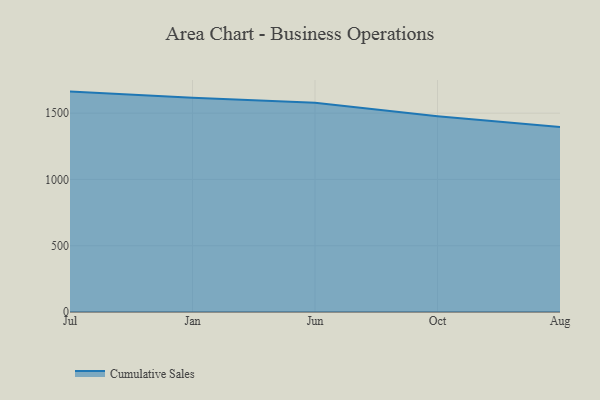
{"axis": {"x": "Month", "y": "Page Views"}, "legend": ["Cumulative Sales"], "data": [{"x": "Jul", "y": 1662.9, "type": "Cumulative Sales"}, {"x": "Jan", "y": 1617.3, "type": "Cumulative Sales"}, {"x": "Jun", "y": 1579.0, "type": "Cumulative Sales"}, {"x": "Oct", "y": 1477.1, "type": "Cumulative Sales"}, {"x": "Aug", "y": 1395.2, "type": "Cumulative Sales"}]}